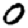
Digit: 0